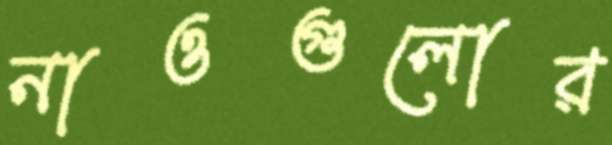
নাওগুলোর